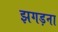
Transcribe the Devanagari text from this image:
झगड़ना